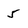
Character: 5